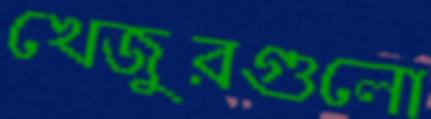
খেজুরগুলো